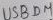
Text: USBDM